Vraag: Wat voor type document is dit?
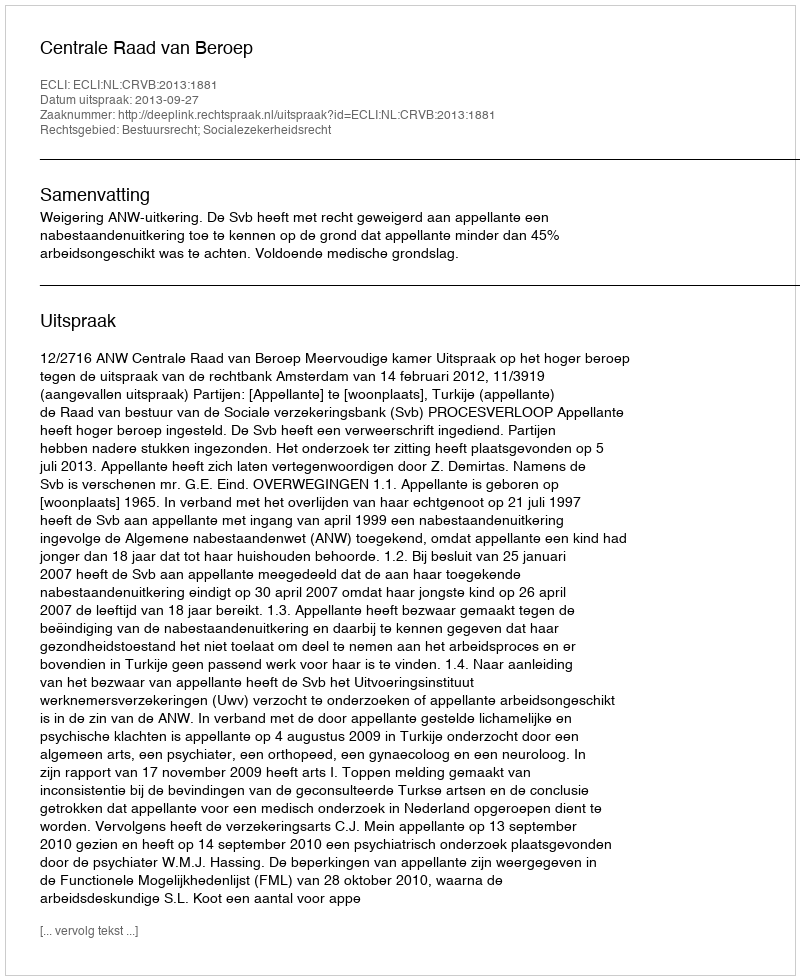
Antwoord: Uitspraak